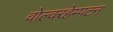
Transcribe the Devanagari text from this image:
वोल्वरहेम्पटन